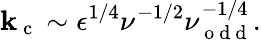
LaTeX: \mathbf{k}_{\mathrm{{~c~}}}\sim\epsilon^{1/4}\nu^{-1/2}\nu_{\mathrm{{~o~d~d~}}}^{-1/4}.